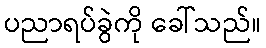
ပညာရပ်ခွဲကို ခေါ်သည်။